Annual report of the Punjab Veterinary College and of the Civil Veterinary Department, Punjab - 1909-1919
Year: 1909
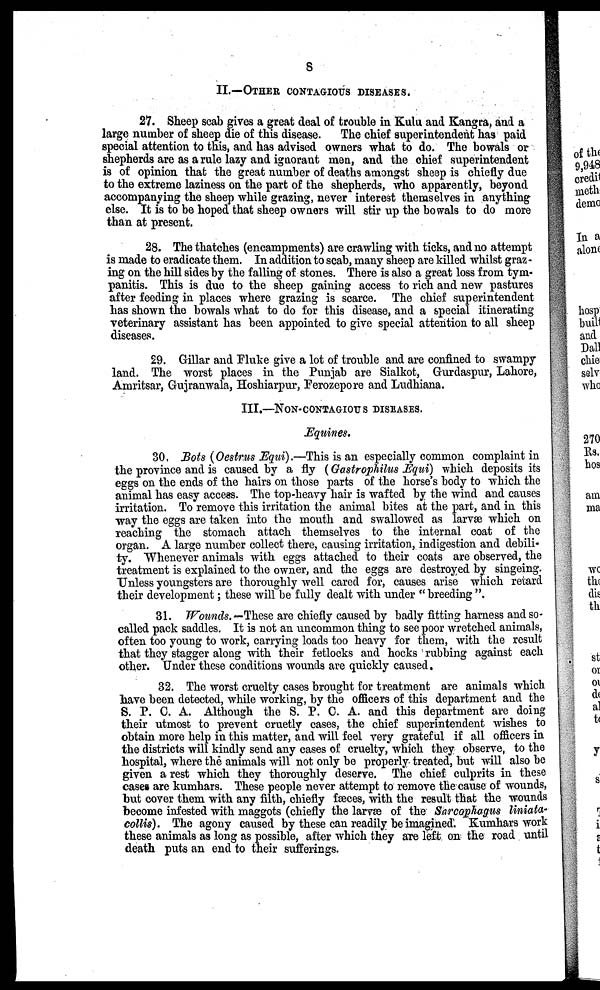
8
II.—OTHER CONTAGIOUS DISEASE.
27. Sheep scab gives a great deal of trouble in Kulu and Kangra, and a
large number of sheep die of this disease. The chief superintendent has paid
special attention to this, and has advised owners what to do. The bowals or
shepherds are as a rule lazy and ignorant men, and the chief superintendent
is of opinion that the great number of deaths amongst sheep is chiefly due
to the extreme laziness on the part of the shepherds, who apparently, beyond
accompanying the sheep while grazing, never interest themselves in anything
else. It is to be hoped that sheep owners will stir up the bowals to do more
than at present.
28. The thatches (encampments) are crawling with ticks, and no attempt
is made to eradicate them. In addition to scab, many sheep are killed whilst graz -
ing on the hill sides by the falling of stones. There is also a great loss from tym-
panitis. This is due to the sheep gaining access to rich and new pastures
after feeding in places where grazing is scarce. The chief superintendent
has shown the bowals what to do for this disease, and a special itinerating
veterinary assistant has been appointed to give special attention to all sheep
diseases.
29. Gillar and Fluke give a lot of trouble and are confined to swampy
land. The worst places in the Punjab are Sialkot, Gurdaspur, Lahore,
Amritsar, Gujranwala, Hoshiarpur, Ferozepore and Ludhiana.
III.—NON-CONTAGIOUS DISEASES.
Equines.
30. Bots (Oestrus Equi).—This is an especially common complaint in
the province and is caused by a fly (Gastrophilus Equi) which deposits its
eggs on the ends of the hairs on those parts of the horse's body to which the
animal has easy access. The top-heavy hair is wafted by the wind and causes
irritation. To remove this irritation the animal bites at the part, and in this
way the eggs are taken into the mouth and swallowed as larvæ which on
reaching the stomach attach themselves to the internal coat of the
organ. A large number collect there, causing irritation, indigestion and debili-
ty. Whenever animals with eggs attached to their coats are observed, the
treatment is explained to the owner, and the eggs are destroyed by singeing.
Unless youngsters are thoroughly well cared for, causes arise which retard
their development; these will be fully dealt with under "breeding".
31. Wounds.—These are chiefly caused by badly fitting harness and so-
called pack saddles. It is not an uncommon thing to see poor wretched animals,
often too young to work, carrying loads too heavy for them, with the result
that they stagger along with their fetlocks and hocks rubbing against each
other. Under these conditions wounds are quickly caused.
32. The worst cruelty cases brought for treatment are animals which
have been detected, while working, by the officers of this department and the
S. P. C. A. Although the S. P. C. A. and this department are doing
their utmost to prevent cruetly cases, the chief superintendent wishes to
obtain more help in this matter, and will feel very grateful if all officers in
the districts will kindly send any cases of cruelty, which they observe, to the
hospital, where the animals will not only be properly treated, but will also be
given a rest which they thoroughly deserve. The chief culprits in these
cases are kumhars. These people never attempt to remove the cause of wounds,
but cover them with any filth, chiefly fæces, with the result that the wounds
become infested with maggots (chiefly the larvæ of the Sarcophagus liniata-
collis). The agony caused by these can readily be imagined. Kumhars work
these animals as long as possible, after which they are left on the road until
death puts an end to their sufferings.